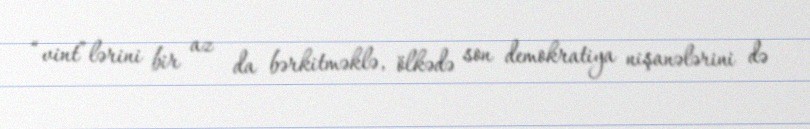
“vint”lərini bir az da bərkitməklə, ölkədə son demokratiya nişanələrini də